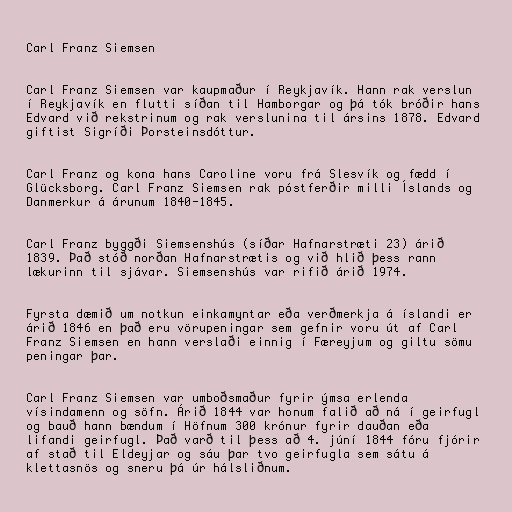
Carl Franz Siemsen

Carl Franz Siemsen var kaupmaður í Reykjavík. Hann rak verslun
í Reykjavík en flutti síðan til Hamborgar og þá tók bróðir hans
Edvard við rekstrinum og rak verslunina til ársins 1878. Edvard
giftist Sigríði Þorsteinsdóttur.

Carl Franz og kona hans Caroline voru frá Slesvík og fædd í
Glücksborg. Carl Franz Siemsen rak póstferðir milli Íslands og
Danmerkur á árunum 1840-1845.

Carl Franz byggði Siemsenshús (síðar Hafnarstræti 23) árið
1839. Það stóð norðan Hafnarstrætis og við hlið þess rann
lækurinn til sjávar. Siemsenshús var rifið árið 1974.

Fyrsta dæmið um notkun einkamyntar eða verðmerkja á íslandi er
árið 1846 en það eru vörupeningar sem gefnir voru út af Carl
Franz Siemsen en hann verslaði einnig í Færeyjum og giltu sömu
peningar þar.

Carl Franz Siemsen var umboðsmaður fyrir ýmsa erlenda
vísindamenn og söfn. Árið 1844 var honum falið að ná í geirfugl
og bauð hann bændum í Höfnum 300 krónur fyrir dauðan eða
lifandi geirfugl. Það varð til þess að 4. júní 1844 fóru fjórir
af stað til Eldeyjar og sáu þar tvo geirfugla sem sátu á
klettasnös og sneru þá úr hálsliðnum.